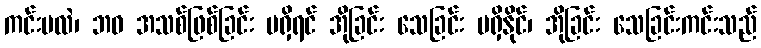
ကင်းမလဲ၊ ဘဝ အသစ်ဖြစ်ခြင်း မရှိရင် အိုခြင်း သေခြင်း မရှိနိုင်၊ အိုခြင်း သေခြင်းကင်းသည်